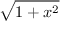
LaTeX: \sqrt { 1 + x ^ { 2 } }